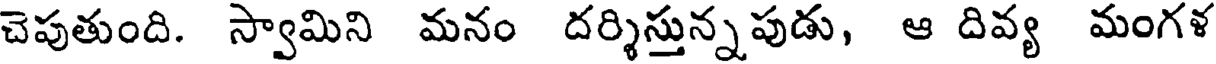
చెపుతుంది. స్వామిని మనం దర్శిస్తున్నపుడు, ఆ దివ్య మంగళ